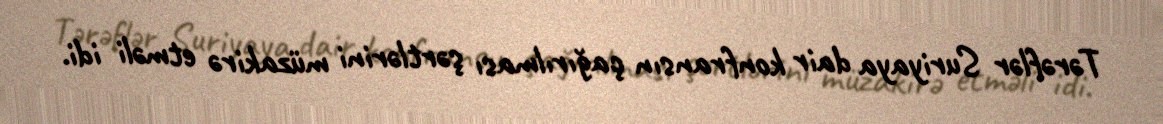
Tərəflər Suriyaya dair konfransın çağırılması şərtlərini müzakirə etməli idi.